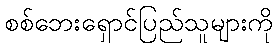
စစ်ဘေးရှောင်ပြည်သူများကို